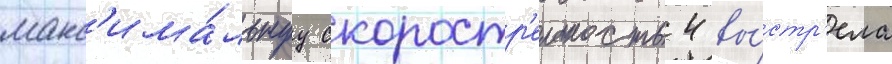
макс'има́льнуу скоростр'ельность 4 вы́стр'ела